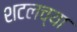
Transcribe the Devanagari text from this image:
शटलच्या